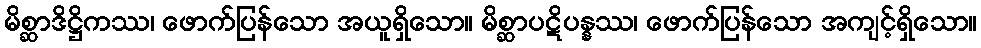
မိစ္ဆာဒိဋ္ဌိကဿ၊ ဖောက်ပြန်သော အယူရှိသော။ မိစ္ဆာပဋိပန္နဿ၊ ဖောက်ပြန်သော အကျင့်ရှိသော။